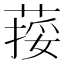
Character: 𦵭